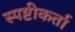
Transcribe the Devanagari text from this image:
स्पष्टीकर्ता